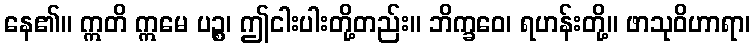
နေ၏။ ဣတိ ဣမေ ပဉ္စ၊ ဤငါးပါးတို့တည်း။ ဘိက္ခဝေ၊ ရဟန်းတို့။ ဖာသုဝိဟာရာ၊